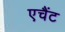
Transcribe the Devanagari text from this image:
एचैंट